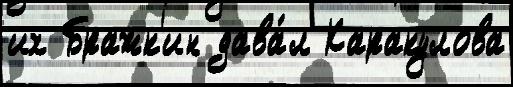
их Бражк'ин дава́л Каракулова